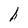
Character: h